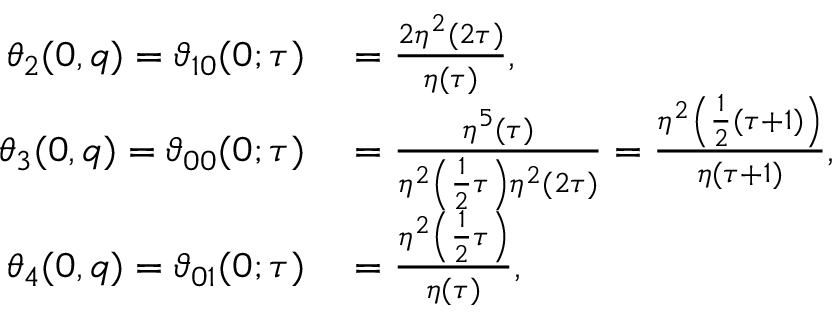
\begin{array} { r l } { \theta _ { 2 } ( 0 , q ) = \vartheta _ { 1 0 } ( 0 ; \tau ) } & { { } = { \frac { 2 \eta ^ { 2 } ( 2 \tau ) } { \eta ( \tau ) } } , } \\ { \theta _ { 3 } ( 0 , q ) = \vartheta _ { 0 0 } ( 0 ; \tau ) } & { { } = { \frac { \eta ^ { 5 } ( \tau ) } { \eta ^ { 2 } \left( { \frac { 1 } { 2 } } \tau \right) \eta ^ { 2 } ( 2 \tau ) } } = { \frac { \eta ^ { 2 } \left( { \frac { 1 } { 2 } } ( \tau + 1 ) \right) } { \eta ( \tau + 1 ) } } , } \\ { \theta _ { 4 } ( 0 , q ) = \vartheta _ { 0 1 } ( 0 ; \tau ) } & { { } = { \frac { \eta ^ { 2 } \left( { \frac { 1 } { 2 } } \tau \right) } { \eta ( \tau ) } } , } \end{array}